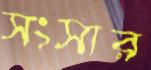
সংসার